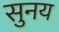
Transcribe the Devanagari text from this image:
सुनय